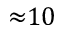
{ \approx } 1 0